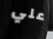
علي